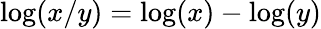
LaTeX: \log(x/y)=\log(x)-\log(y)